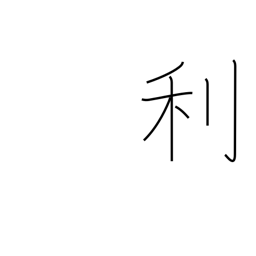
Meaning: advantage